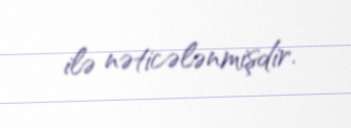
ilə nəticələnmişdir.